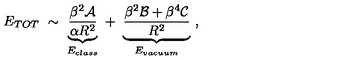
E _ { T O T } \ \sim \ \underbrace { \frac { \beta ^ { 2 } { \cal A } } { \alpha R ^ { 2 } } } _ { E _ { c l a s s } } \ + \ \underbrace { \frac { \beta ^ { 2 } { \cal B } + \beta ^ { 4 } { \cal C } } { R ^ { 2 } } } _ { E _ { v a c u u m } } \ ,